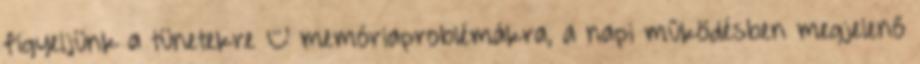
figyeljünk a tünetekre – memóriaproblémákra, a napi működésben megjelenő